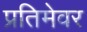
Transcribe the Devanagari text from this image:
प्रतिमेवर